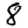
Digit: 8